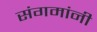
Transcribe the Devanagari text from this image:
संगमांनी